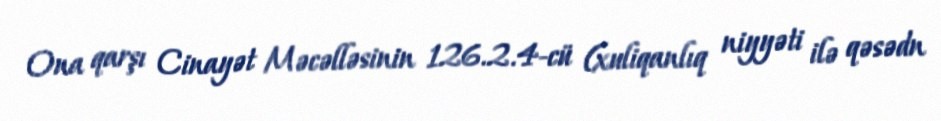
Ona qarşı Cinayət Məcəlləsinin 126.2.4-cü (xuliqanlıq niyyəti ilə qəsədn